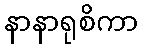
နာနာရုစိကာ